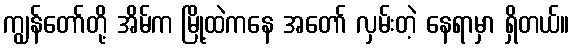
ကျွန်တော်တို့ အိမ်က မြို့ထဲကနေ အတော် လှမ်းတဲ့ နေရာမှာ ရှိတယ်။